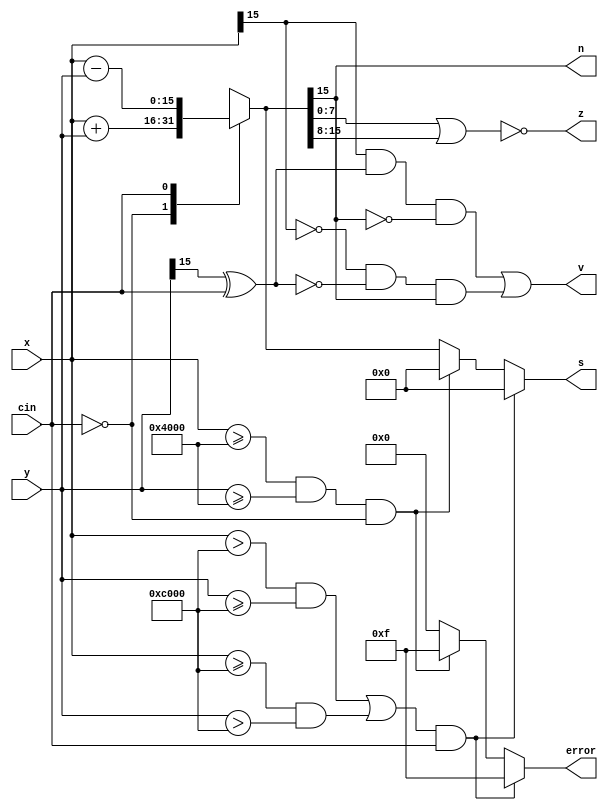
/*
   This file was generated automatically by Alchitry Labs version 1.2.7.
   Do not edit this file directly. Instead edit the original Lucid source.
   This is a temporary file and any changes made to it will be destroyed.
*/

module sixteen_bit_adder_16 (
    input [15:0] x,
    input [15:0] y,
    input cin,
    output reg [15:0] s,
    output reg [3:0] error,
    output reg z,
    output reg v,
    output reg n
  );
  
  
  
  reg lastSum;
  
  reg [15:0] sum;
  
  always @* begin
    error = 4'h0;
    
    case (cin)
      1'h0: begin
        s = x + y;
        sum = x + y;
      end
      1'h1: begin
        s = x - y;
        sum = x - y;
      end
      default: begin
        s = 16'h0000;
        sum = 16'h0000;
      end
    endcase
    if (x >= 16'h4000 && y >= 16'h4000 && cin == 1'h0) begin
      error = 4'hf;
      s = 16'h0000;
    end
    if (((x > 16'hc000 && y >= 16'hc000) | (x >= 16'hc000 && y > 16'hc000)) && cin == 1'h1) begin
      error = 4'hf;
      s = 16'h0000;
    end
    lastSum = sum[15+0-:1];
    z = ~(|(sum[0+7-:8] || sum[8+7-:8]));
    v = x[15+0-:1] & (y[15+0-:1] ^ cin) & ~lastSum | ~x[15+0-:1] & ~(y[15+0-:1] ^ cin) & lastSum;
    n = sum[15+0-:1];
  end
endmodule